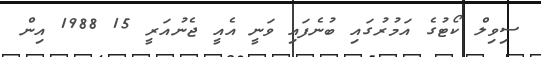
ސިވިލް ކޯޓުގެ އަމުރުގައި ބުނެފައި ވަނީ އެއީ ޖެނުއަރީ 15 1988 އިން